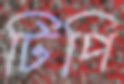
টিপি